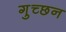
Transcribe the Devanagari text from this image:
गुच्छन